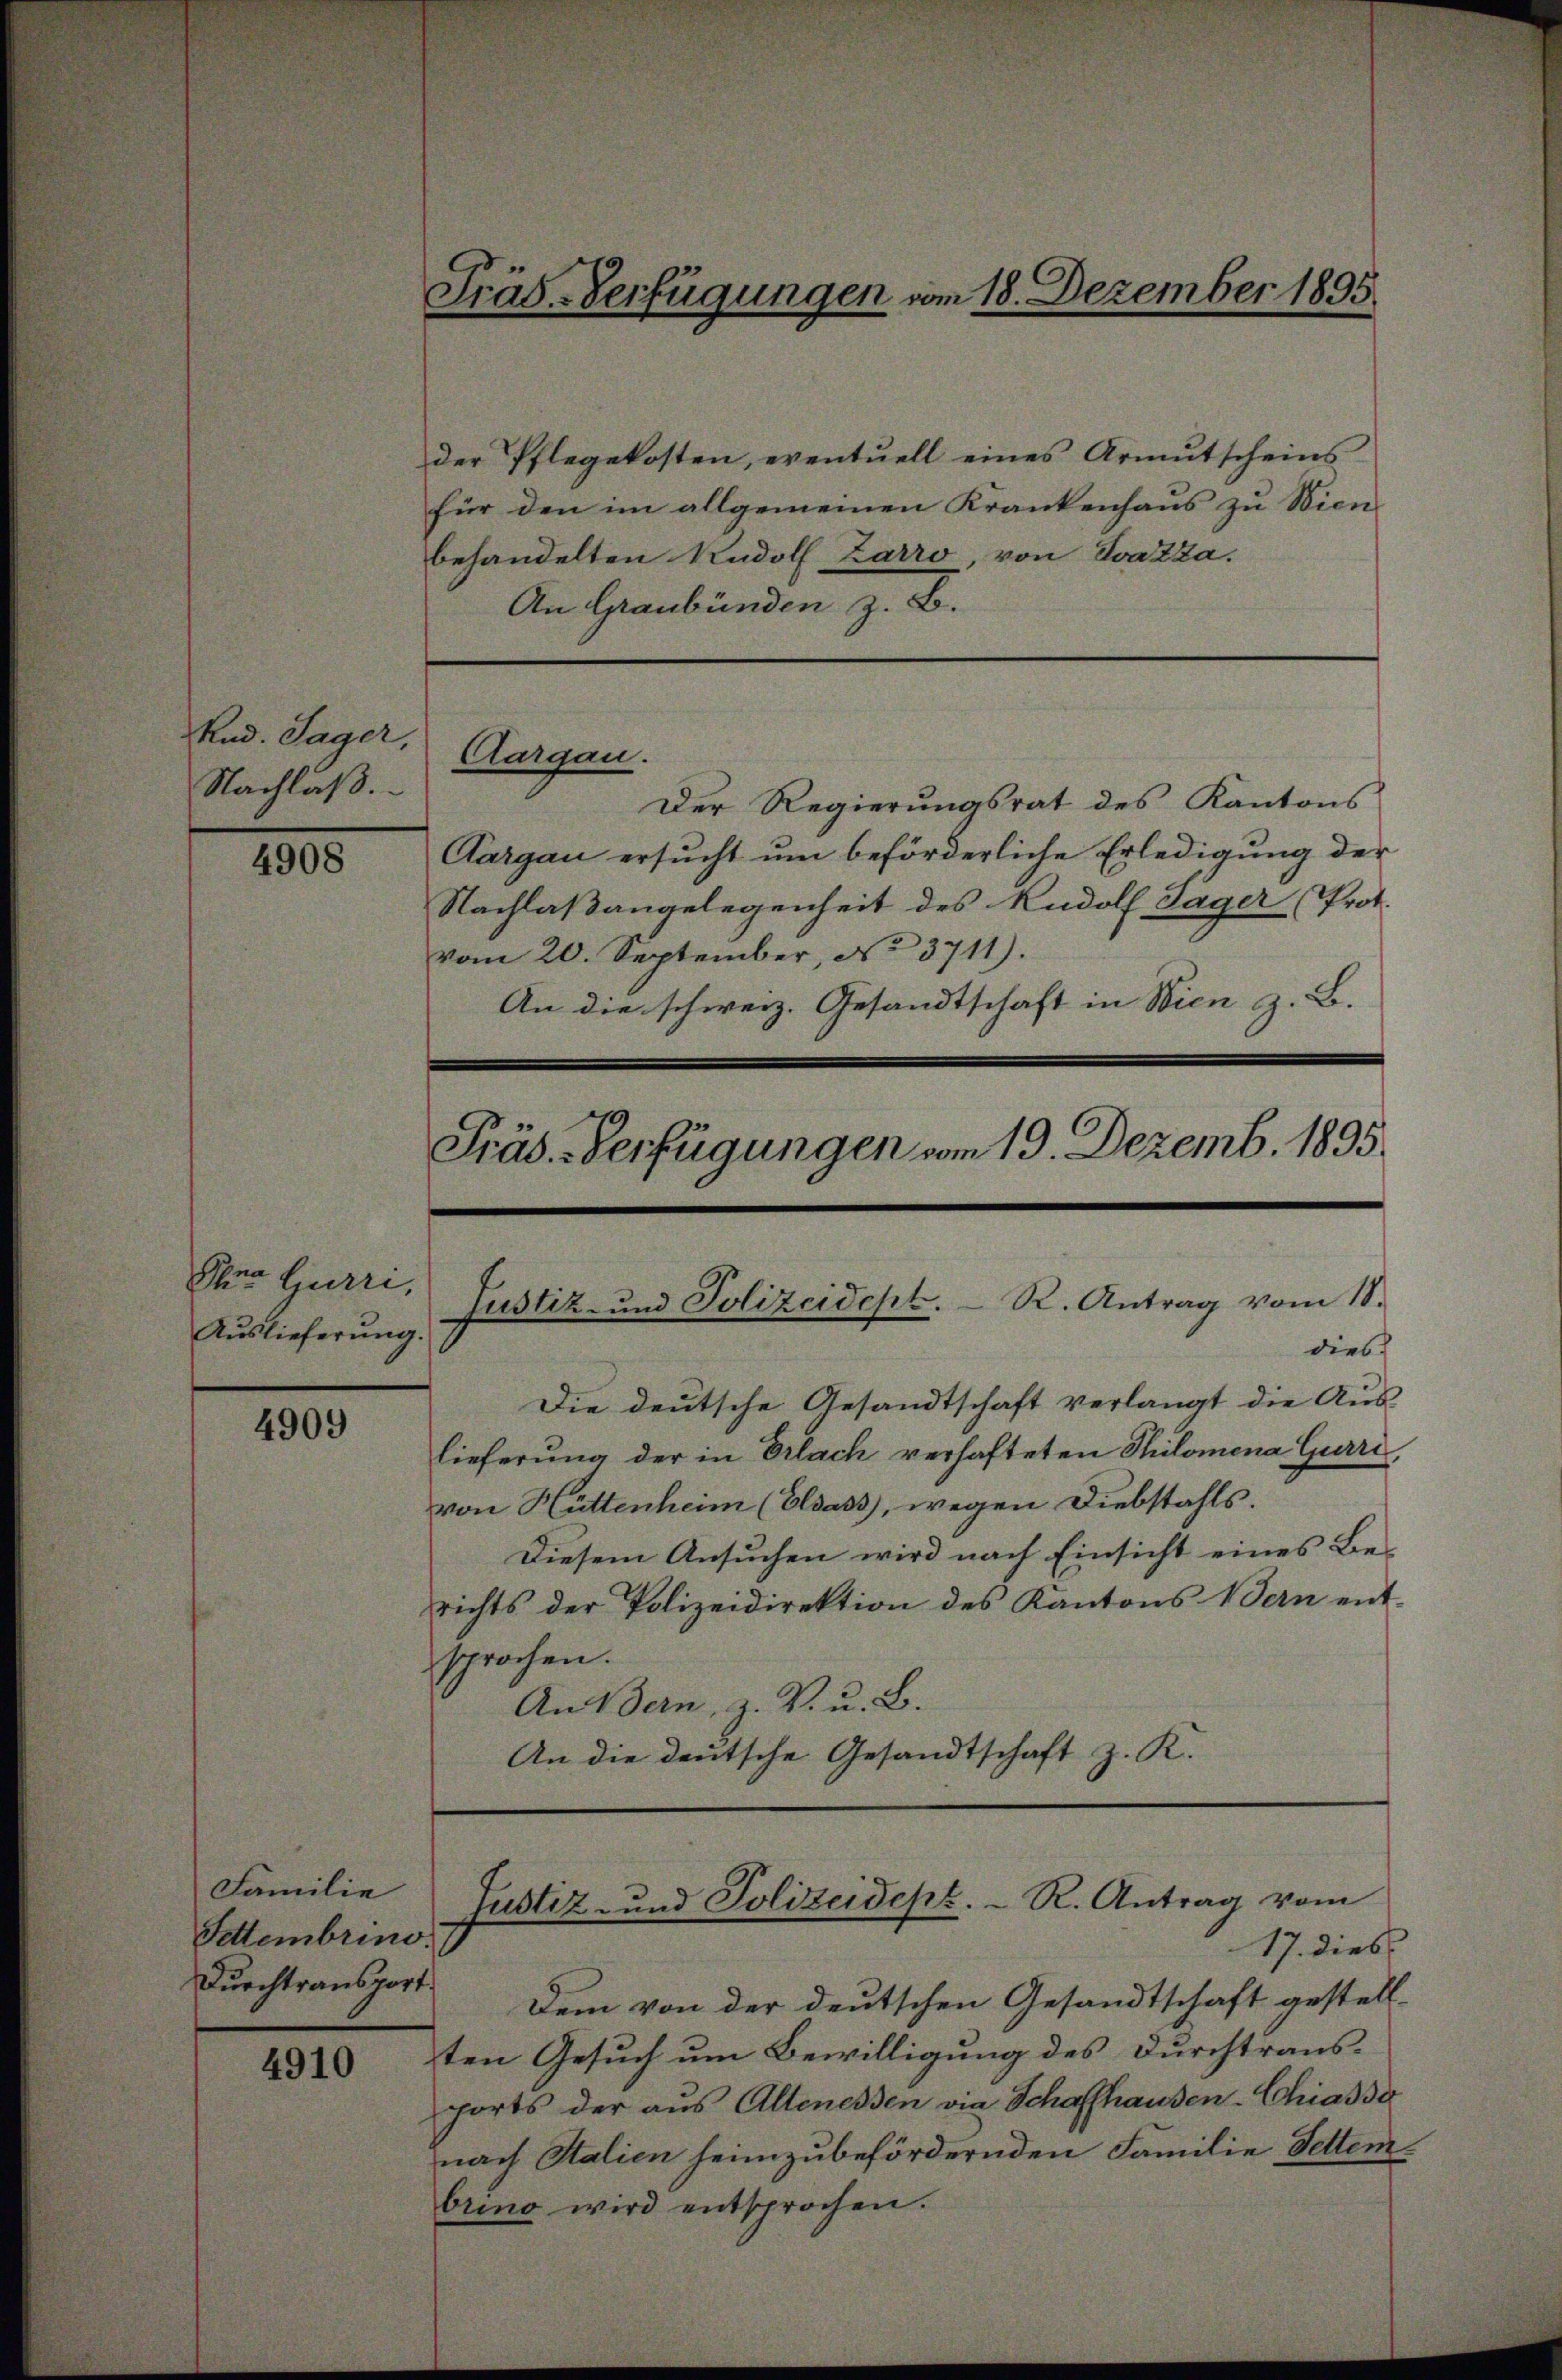
Rud. Sager,
Nachlaß.

4908

Klur Gurri,
Auslieferung.

4909

Familie
Settembrino.
Durchtransport

4910

Fräs-Verfügungen vom 18. Dezember 1895.

Der Regierungsrat des Kantons
Aargau ersucht um beförderliche Erledigung der
Nachlaßangelegenheit des Rudolf Sager Prot.
vom 20. September, No 3711).
An die schweiz. Gesandtschaft in Wien z. B.
Präs.-Verfügungen vom 19. Dezemb. 1895.

der Pflegekosten, eventuell eines Armŭtscheins
für den im allgemeinen Krankenhaus zu Wien
behandelten Rudolf Zarro, von Svazza.
An Graubünden z. B.

Aargau.

Justiz- und Polizeidept. R. Antrag vom 18.
dies

Die deutsche Gesandtschaft verlangt die Aus-
lieferung der in Erlach verhafteten Thilomena Gurre,
von Hüttenheim (Elsass, wegen Diebstahls.
Diesem Ansuchen wird nach Einsicht eines Berichts der Polizeidirektion des Kantons Bern ent-
sprochen.
An Bern, z. V. u. B.
An die deutsche Gesandtschaft z. R.

Justiz- und Polizeidept. R. Antrag vom
17. Dieb.

Dem von der deutschen Gesandtschaft gestell
sten Gesuch um Bewilligung des Durchtraus-
ports der aus Altenessen via Schaffhausen-Chiassa
nach Italien heimzubefördernden Familie Settem¬
Orino wird entsprochen.